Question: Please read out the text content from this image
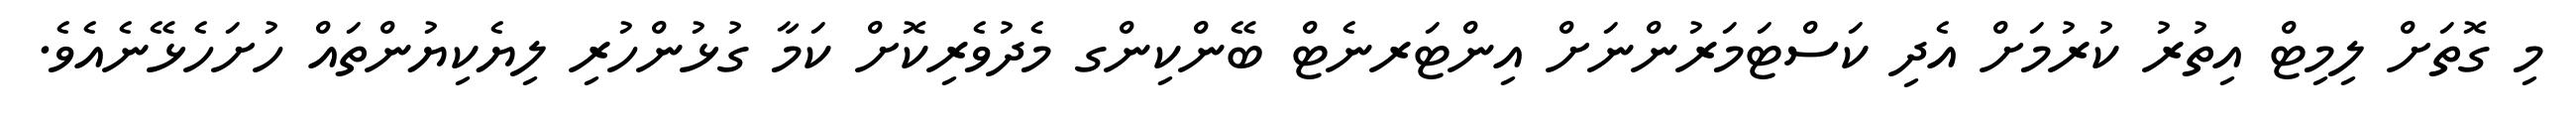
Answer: މި ގޮތަށް ލިމިޓް އިތުރު ކުރުމަށް އެދި ކަސްޓަމަރުންނަށް އިންޓަރނެޓް ބޭންކިންގ މެދުވެރިކޮށް ކަމާ ގުޅުންހުރި ލިޔެކިޔުންތައް ހުށަހެޅޭނެއެވެ.